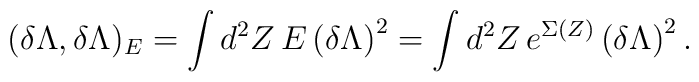
(\delta \Lambda ,\delta \Lambda )_{E}=\int d^{2}Z\, E \left( \delta \Lambda\right)^{2}=\int d^{2}Z\, e^{\Sigma (Z)}\left( \delta \Lambda \right)^{2}.